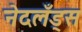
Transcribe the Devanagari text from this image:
नेदलँड्स